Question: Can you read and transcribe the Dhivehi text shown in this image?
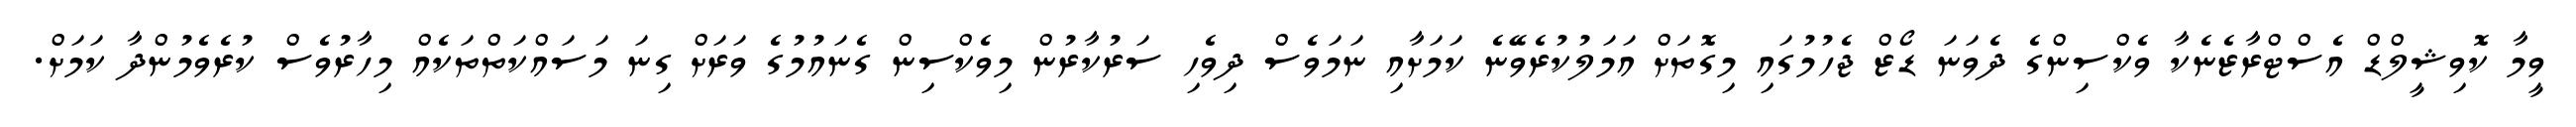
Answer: ވީމާ ކޮވިޝީލްޑް އެސްޓްރާޒެނެކާ ވެކްސިންގެ ދެވަނަ ޑޯޒް ޖެހުމުގައި މިގޮތަށް އަމަލުކުރެވޭނެ ކަމަށާއި ނަމަވެސް ދިވެހި ސަރުކާރުން މިވެކްސިން ގެނައުމުގެ ވަރަށް ގިނަ މަސައްކަތްތަކެއް މިހާރުވެސް ކުރެވެމުންދާ ކަމަށް.